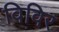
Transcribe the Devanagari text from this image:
विविर